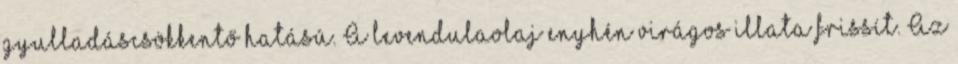
gyulladáscsökkentő hatású. A levendulaolaj enyhén virágos illata frissít. Az